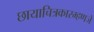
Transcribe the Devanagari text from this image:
छायाचित्रकारम्हणजे